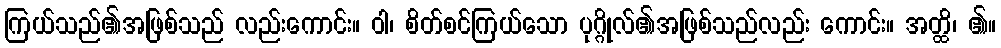
ကြယ်သည်၏အဖြစ်သည် လည်းကောင်း။ ဝါ၊ စိတ်စင်ကြယ်သော ပုဂ္ဂိုလ်၏အဖြစ်သည်လည်း ကောင်း။ အတ္ထိ၊ ၏။